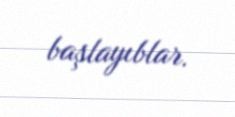
başlayıblar.